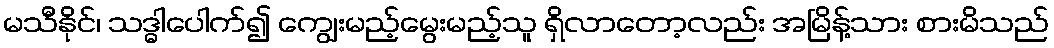
မသီနိုင်၊ သဒ္ဓါပေါက်၍ ကျွေးမည့်မွေးမည့်သူ ရှိလာတော့လည်း အမြိန့်သား စားမိသည်